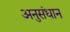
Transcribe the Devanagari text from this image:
अनुसंधान